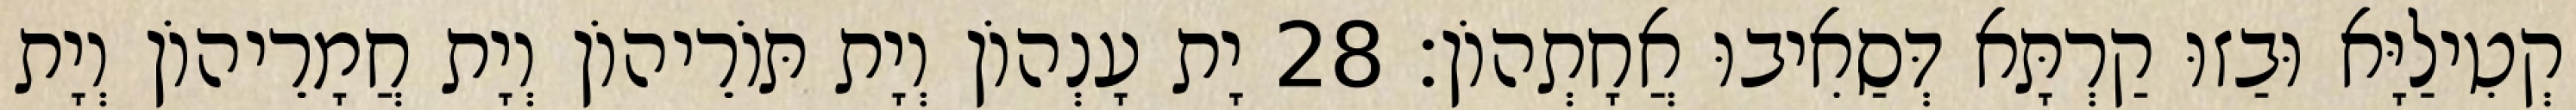
קְטִילַיָּא וּבַזוּ קַרְתָּא דְּסַאִיבוּ אֲחָתְהוֹן׃ 28 יָת עָנְהוֹן וְיָת תּוֹרֵיהוֹן וְיָת חֲמָרֵיהוֹן וְיָת